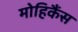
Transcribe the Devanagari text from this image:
मोहिकैंस